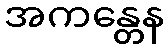
အကန္တေန